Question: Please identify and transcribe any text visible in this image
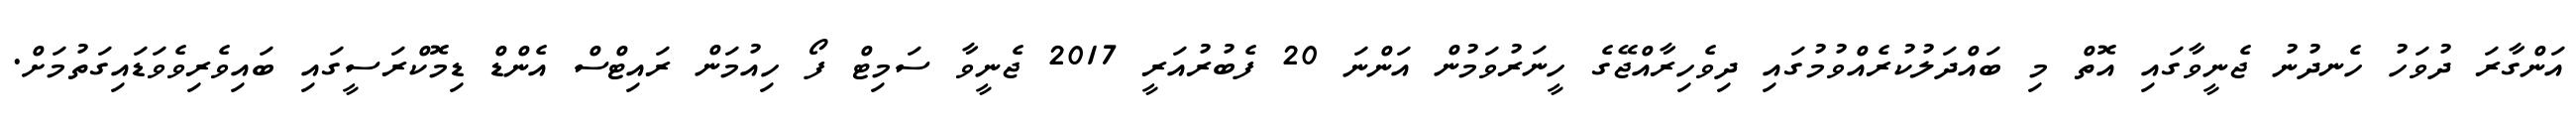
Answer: އަންގާރަ ދުވަހު ހެނދުނު ޖެނީވާގައި އޮތް މި ބައްދަލުކުރެއްވުމުގައި ދިވެހިރާއްޖޭގެ ހީނަރުވަމުން އަންނަ 20 ފެބުރުއަރީ 2017 ޖެނީވާ ސަމިޓް ފޯ ހިއުމަން ރައިޓްސް އެންޑް ޑިމޮކްރަސީގައި ބައިވެރިވެވަޑައިގަތުމަށް.